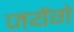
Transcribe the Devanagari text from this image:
जयेंगे